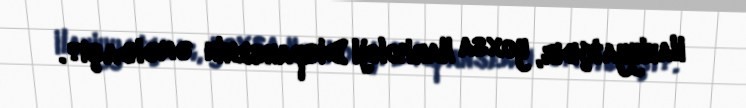
ilahiyyatçıdır, yoxsa Narkoloji Dispanserin əməkdaşı?.